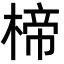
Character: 楴